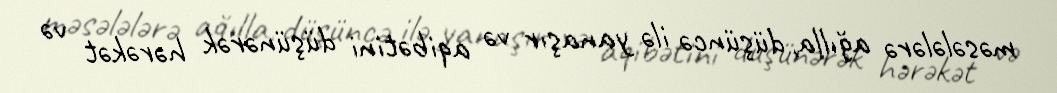
məsələlərə ağılla, düşüncə ilə yanaşır və aqibətini düşünərək hərəkət və